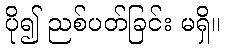
ပို၍ ညစ်ပတ်ခြင်း မရှိ။